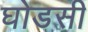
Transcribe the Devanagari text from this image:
घोडसी